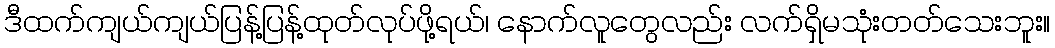
ဒီထက်ကျယ်ကျယ်ပြန့်ပြန့်ထုတ်လုပ်ဖို့ရယ်၊ နောက်လူတွေလည်း လက်ရှိမသုံးတတ်သေးဘူး။